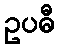
ဥပဓီ